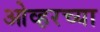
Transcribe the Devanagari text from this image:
ओव्हरच्या